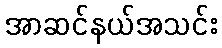
အာဆင်နယ်အသင်း